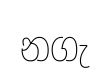
නගැ